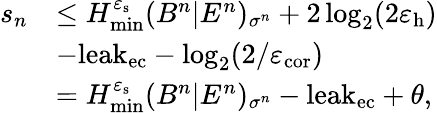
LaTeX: \begin{array}{rl}{s_{n}}&{\leq H_{\mathrm{min}}^{\varepsilon_{\mathrm{s}}}(B^{n}|E^{n})_{\sigma^{n}}+2\log_{2}(2\varepsilon_{\mathrm{h}})}\\ &{-\mathrm{leak}_{\mathrm{ec}}-\log_{2}(2/\varepsilon_{\mathrm{cor}})}\\ &{=H_{\mathrm{min}}^{\varepsilon_{\mathrm{s}}}(B^{n}|E^{n})_{\sigma^{n}}-\mathrm{leak}_{\mathrm{ec}}+\theta,}\end{array}